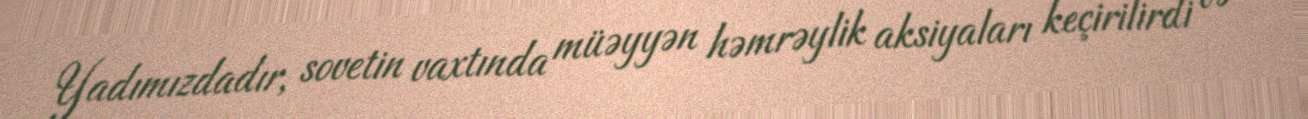
Yadımızdadır, sovetin vaxtında müəyyən həmrəylik aksiyaları keçirilirdi və